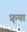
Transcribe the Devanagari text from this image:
फ्र्या